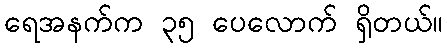
ရေအနက်က ၃၅ ပေလောက် ရှိတယ်။